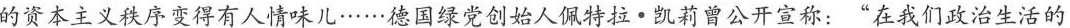
的资本主义秩序变得有人情味儿……德国绿党创始人佩特拉·凯莉曾公开宣称：”在我们政治生活